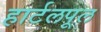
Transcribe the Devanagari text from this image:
हार्टलपूल